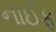
નાઈફ